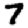
Digit: 7